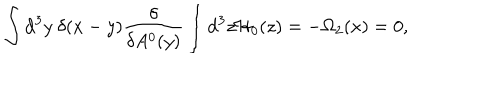
LaTeX: \int \mathrm { d } ^ { 3 } y ~ \delta ( x - y ) \frac { \delta } { \delta A ^ { 0 } ( y ) } \int \mathrm { d } ^ { 3 } z { \cal H } _ { 0 } ( z ) = - \Omega _ { 2 } ( x ) = 0 ,